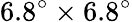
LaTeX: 6.8^{\circ}\times 6.8^{\circ}